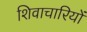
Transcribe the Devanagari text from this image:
शिवाचारियों